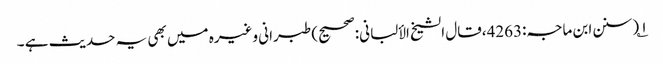
۱؎ (سنن ابن ماجہ:4263،قال الشیخ الألبانی:صحیح) طبرانی وغیرہ میں بھی یہ حدیث ہے ۔